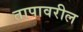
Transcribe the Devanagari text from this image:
तापावरील